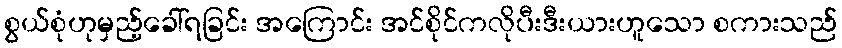
စွယ်စုံဟုမှည့်ခေါ်ရခြင်း အကြောင်း အင်စိုင်ကလိုပီးဒီးယားဟူသော စကားသည်